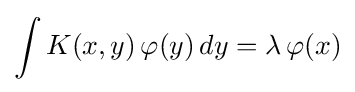
\int K(x,y)\,\varphi (y)\,dy=\lambda \,\varphi (x)